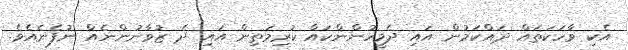
އެކި ވާހަކަތައް ދައްކަމުން އައި ދެމީހުންންކައް ކުރިމަތިން އައި ދެ ޒުވާނުންނެއް ނުފެނެއެވެ.